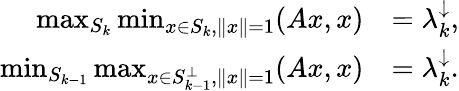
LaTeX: {\begin{array}{rl}{\operatorname*{max}_{S_{k}}\operatorname*{min}_{x\in S_{k},\| x\| =1}(Ax,x)}&{=\lambda_{k}^{\downarrow},}\\ {\operatorname*{min}_{S_{k-1}}\operatorname*{max}_{x\in S_{k-1}^{\perp},\| x\| =1}(Ax,x)}&{=\lambda_{k}^{\downarrow}.}\end{array}}